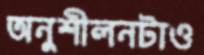
অনুশীলনটাও